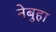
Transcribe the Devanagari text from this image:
नेबुहा